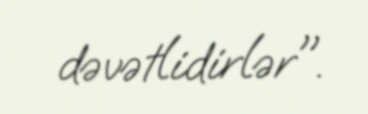
dəvətlidirlər".